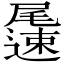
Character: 𨘘